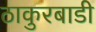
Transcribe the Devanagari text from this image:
ठाकुरबाडी